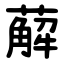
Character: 薢